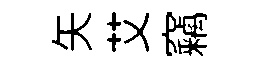
矢艾竊